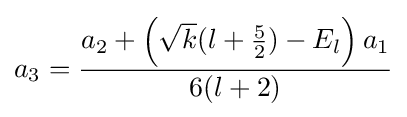
a_{3}={\frac {a_{2}+\left({\sqrt {k}}(l+{\frac {5}{2}})-E_{l}\right)a_{1}}{6(l+2)}}